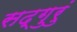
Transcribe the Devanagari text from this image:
सद्‌गुरुं